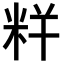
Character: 𥹎